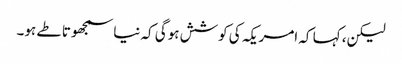
لیکن، کہا کہ امریکہ کی کوشش ہوگی کہ نیا سمجھوتا طے ہو۔